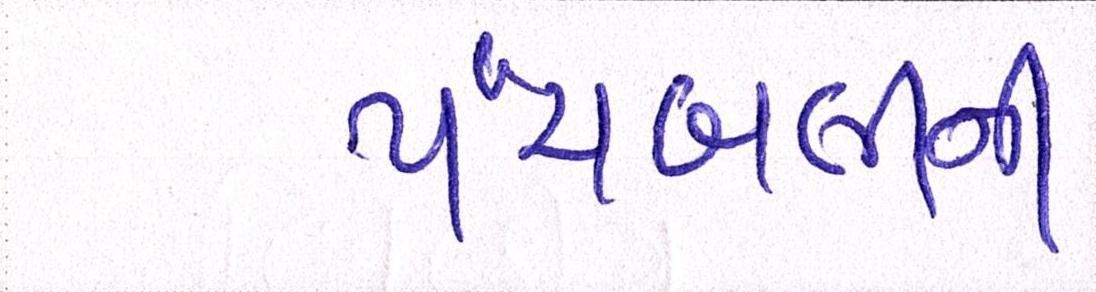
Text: પંચબલીની